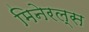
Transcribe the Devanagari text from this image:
मिनेरल्स